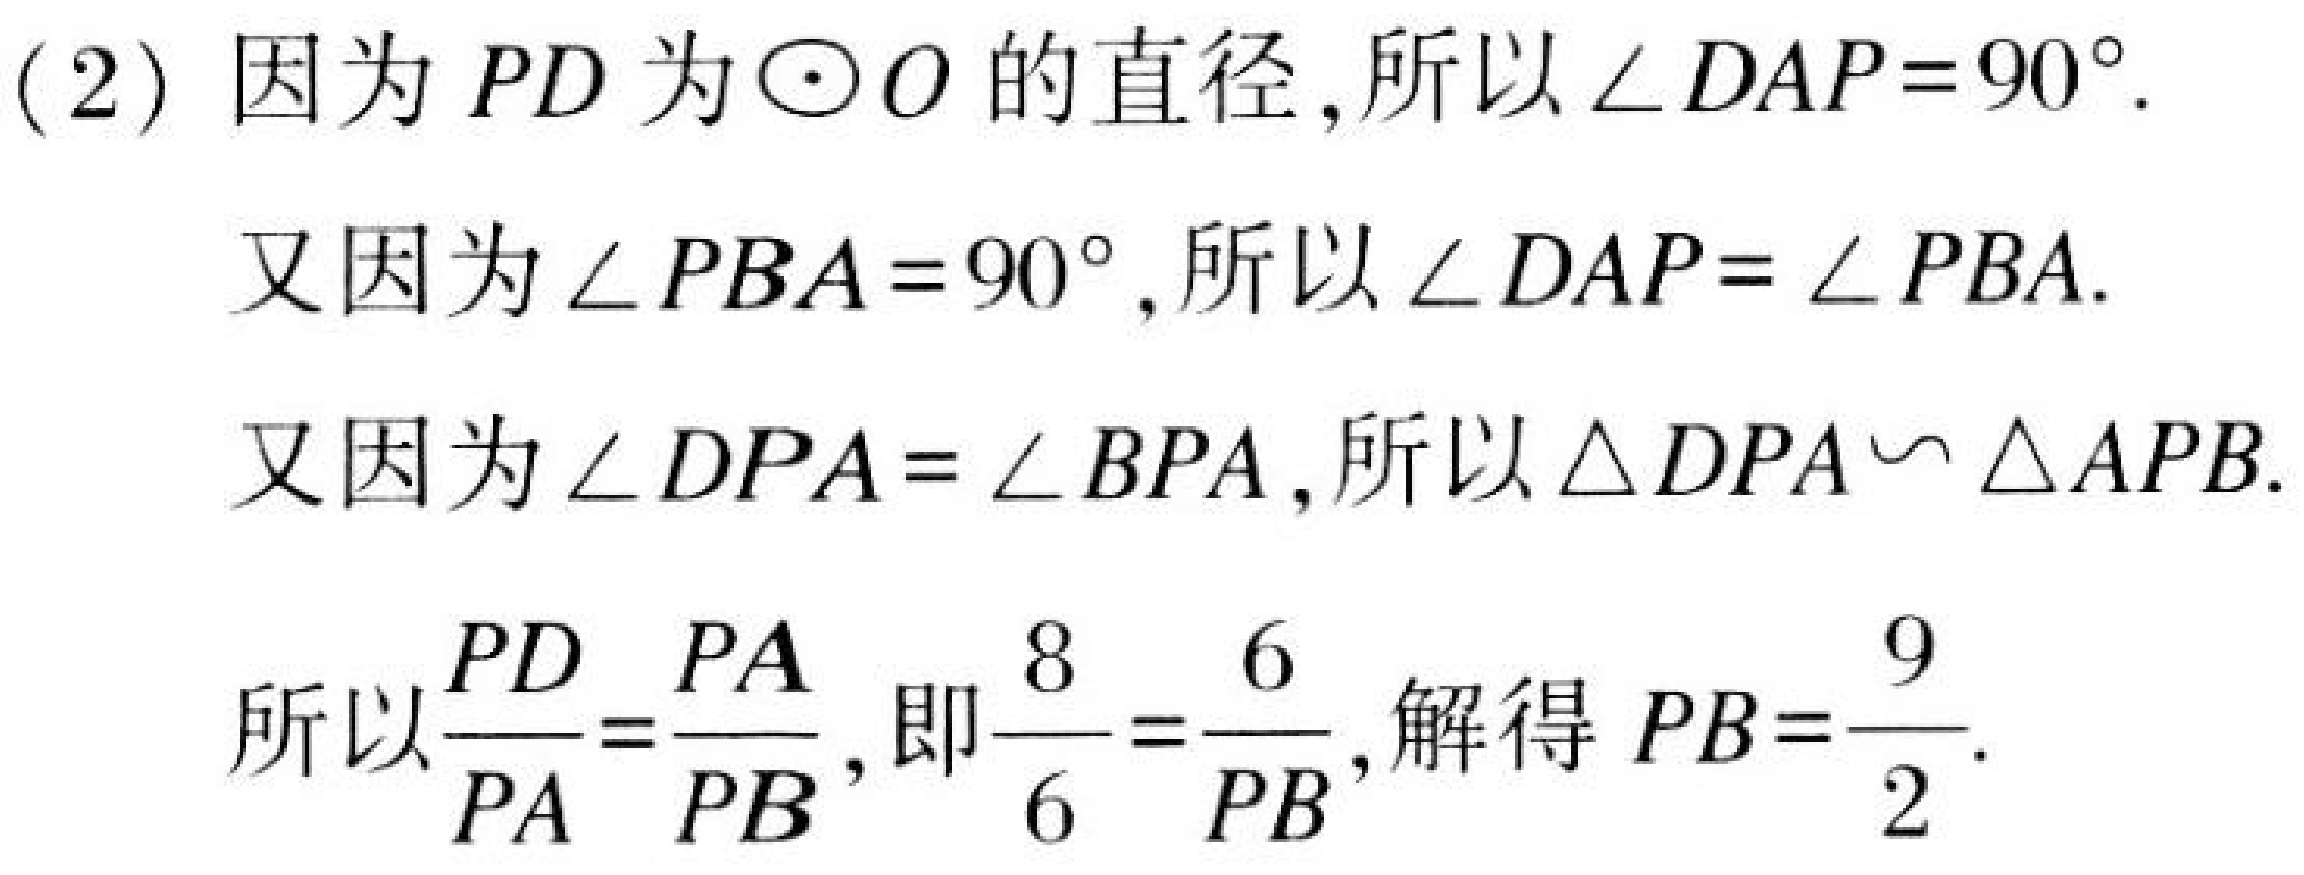
(2) 因为\(PD\)为\(\odot O\)的直径，所以\(\angle DAP = 90^{\circ}\).
又因为\(\angle PBA = 90^{\circ}\)，所以\(\angle DAP=\angle PBA\).
又因为\(\angle DPA=\angle BPA\)，所以\(\triangle DPA\backsim\triangle APB\).
所以\(\dfrac{PD}{PA}=\dfrac{PA}{PB}\)，即\(\dfrac{8}{6}=\dfrac{6}{PB}\)，解得\(PB = \dfrac{9}{2}\).